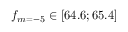
f _ { m = - 5 } \in [ 6 4 . 6 ; 6 5 . 4 ]